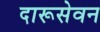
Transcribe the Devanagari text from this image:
दारूसेवन